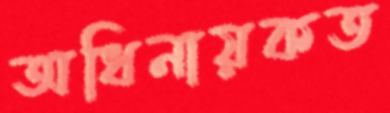
অধিনায়কত